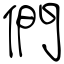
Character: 們